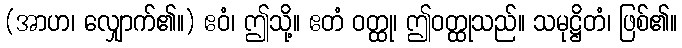
(အာဟ၊ လျှောက်၏။) ဧဝံ၊ ဤသို့။ ဧတံ ဝတ္ထု၊ ဤဝတ္ထုသည်။ သမုဋ္ဌိတံ၊ ဖြစ်၏။